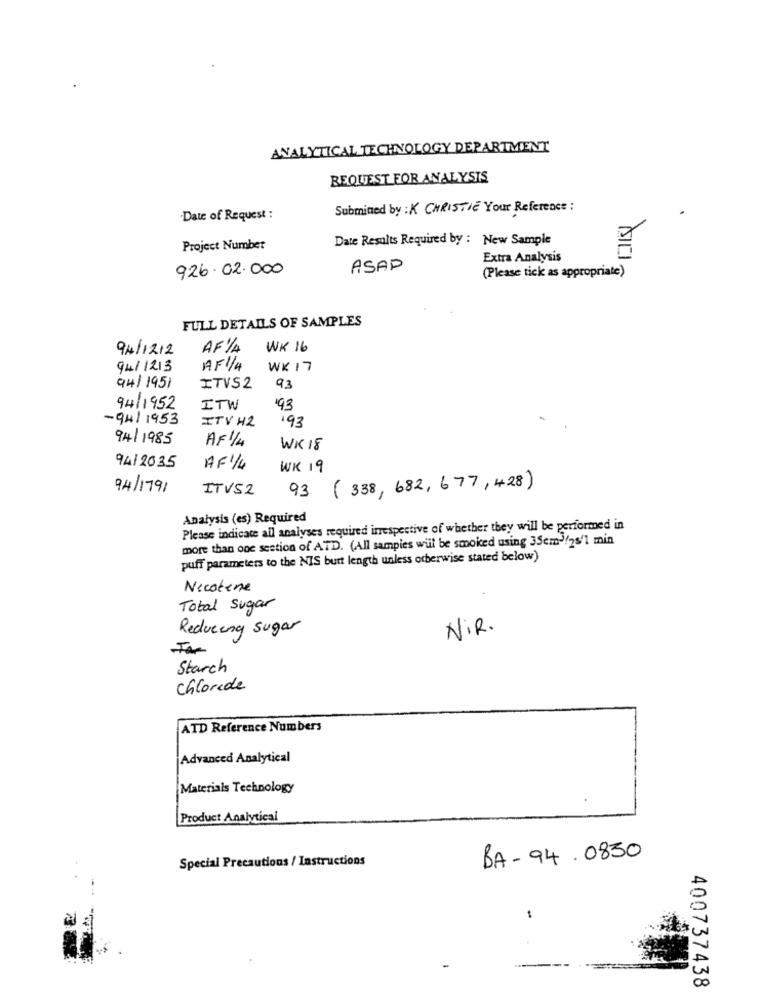
ANALYTICAL TECHNOLOGY DEPARTMENT
REQUEST FOR ANALYSIS
Submited by : K CHRISTIE Your Reference :
Date of Request :
Date Results Required by : New Sample
Project Numbet
Extra Analysis
926.02.000
ASAP
(Please tick as appropriate)
FULL DETAILS OF SAMPLES
94/12/12
AF1/A
WK 16
94/1213
AF1/4
WK 17
94/1951
ITVS2
93
94/1952
ITW
93
-94/1953
ITV H2
193
94/1985
AF 1/4
WK 18
94/2035
AF 1/4
WK 19
94/1791
ITV52
93 ( 338, 682, 677, 428)
Analysis (es) Required
Please indicate all analyses required irrespective of whether they will be performed in
more than one section of ATD. (All sampies wil be smoked using 35cm3/25/1 min
puff parameters to the NIS burt length unless otherwise stated below)
Necotene
Total Sugar
Reducing Sugar
N.R.
Far
Starch
Chloride
ATD Reference Numbers
Advanced Analytical
Materials Technology
Product Analytical
Special Precautions / Instructions
BA- 94 . 0830
-
400737438